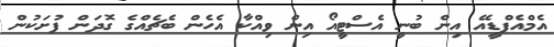
އެމްއެފްޑީއޭ އިން ބުނީ އެސްޓީއޯ އިން ވިއްކާ އެހެން ބެޗެއްގެ ގޮދަން ފުށަކުން